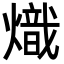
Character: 熾